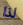
لذا